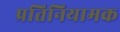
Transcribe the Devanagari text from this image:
प्रतिनियामक